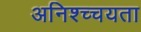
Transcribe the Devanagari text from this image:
अनिश्च्चयता